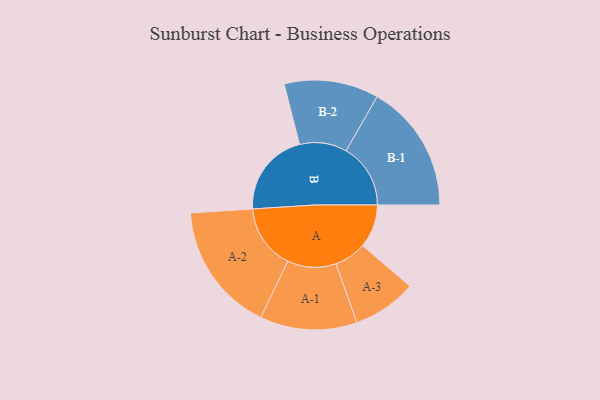
{"axis": {"x": "Segment", "y": "Value"}, "legend": ["", "A", "B"], "data": [{"x": "A", "y": 199, "type": ""}, {"x": "B", "y": 390, "type": ""}, {"x": "A-1", "y": 223, "type": "A"}, {"x": "A-2", "y": 298, "type": "A"}, {"x": "A-3", "y": 147, "type": "A"}, {"x": "B-1", "y": 296, "type": "B"}, {"x": "B-2", "y": 217, "type": "B"}]}